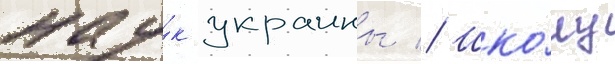
нау́к украины // Шко́лу